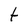
Character: t